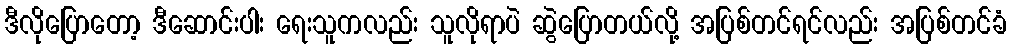
ဒီလိုပြောတော့ ဒီဆောင်းပါး ရေးသူကလည်း သူလိုရာပဲ ဆွဲပြောတယ်လို့ အပြစ်တင်ရင်လည်း အပြစ်တင်ခံ